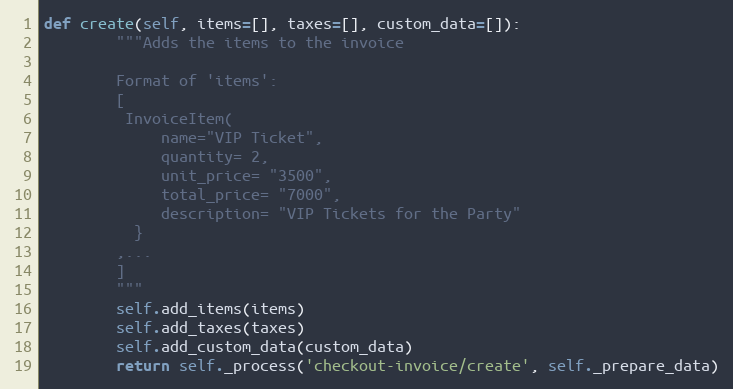
Language: Python
def create(self, items=[], taxes=[], custom_data=[]):
        """Adds the items to the invoice

        Format of 'items':
        [
         InvoiceItem(
             name="VIP Ticket",
             quantity= 2,
             unit_price= "3500",
             total_price= "7000",
             description= "VIP Tickets for the Party"
          }
        ,...
        ]
        """
        self.add_items(items)
        self.add_taxes(taxes)
        self.add_custom_data(custom_data)
        return self._process('checkout-invoice/create', self._prepare_data)